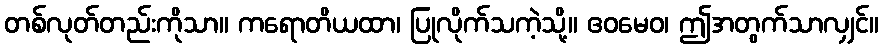
တစ်လုတ်တည်းကိုသာ။ ကရောတိယထာ၊ ပြုလိုက်သကဲ့သို့။ ဧဝမေဝ၊ ဤအတွက်သာလျှင်။